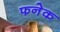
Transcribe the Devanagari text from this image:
फनेक